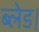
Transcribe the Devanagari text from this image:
ब्लेड।